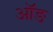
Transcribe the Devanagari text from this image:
ऑङ